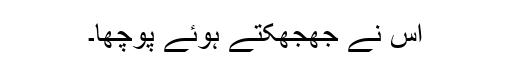
اس نے جھجھکتے ہوئے پوچھا۔